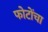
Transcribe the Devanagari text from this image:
फोटोंचा